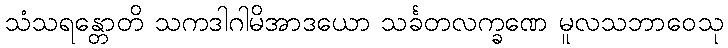
သံသရန္တောတိ သကဒါဂါမိအာဒယော သင်္ခတလက္ခဏေ မူလသဘာဝေသု